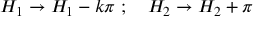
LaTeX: H _ { 1 } \rightarrow H _ { 1 } - k \pi ~ ; ~ ~ ~ H _ { 2 } \rightarrow H _ { 2 } + \pi